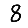
Digit: 8